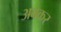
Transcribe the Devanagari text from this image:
अबकर